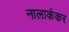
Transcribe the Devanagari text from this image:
नालाकंकर